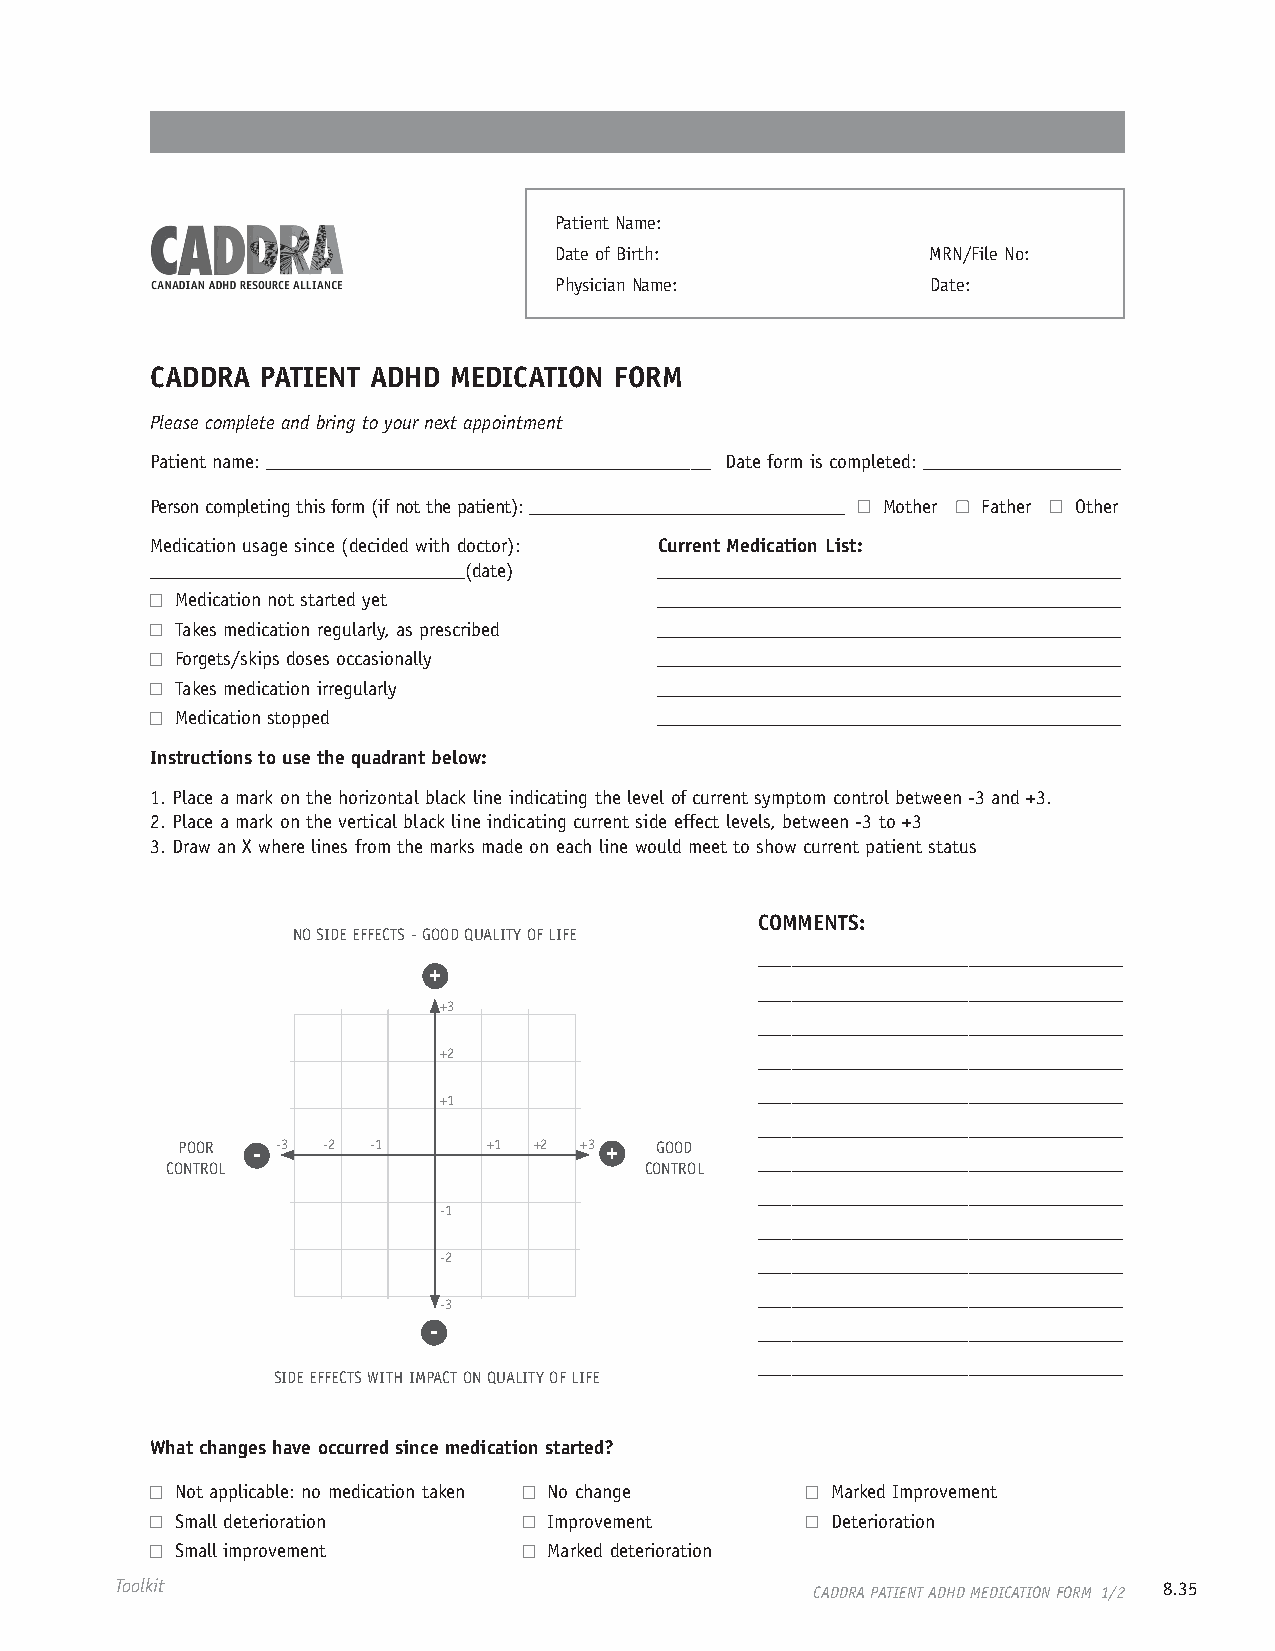
Patient Name:
 Date of Birth:           MRN/File No:
 Physician Name:          Date:
 CADDRA PATIENT ADHD MEDICATION FORM
 Please complete and bring to your next appointment
 Patient name: _____________________________________________ Date form is completed: ____________________
 Person completing this form (if not the patient): ________________________________ Mother Father Other
 Medication usage since (decided with doctor): Current Medication List:
 ________________________________(date) _______________________________________________
 Medication not started yet      _______________________________________________
 Takes medication regularly, as prescribed _______________________________________________
 Forgets/skips doses occasionally _______________________________________________
 Takes medication irregularly    _______________________________________________
 Medication stopped              _______________________________________________
 Instructions to use the quadrant below:
 1. Place a mark on the horizontal black line indicating the level of current symptom control between -3 and +3.
 2. Place a mark on the vertical black line indicating current side effect levels, between -3 to +3
 3. Draw an X where lines from the marks made on each line would meet to show current patient status
 COMMENTS:
 NO SIDE EFFECTS - GOOD QUALITY OF LIFE
 _________________________________
 +
 _________________________________
 +3
 _________________________________
 +2                   _________________________________
 _________________________________
 +1
 _________________________________
 POOR - -3 -2 -1     +1 +2 +3 + GOOD
 _________________________________
 CONTROL                         CONTROL
 _________________________________
 -1
 _________________________________
 -2                   _________________________________
 _________________________________
 -3
 -                     _________________________________
 _________________________________
 SIDE EFFECTS WITH IMPACT ON QUALITY OF LIFE
 What changes have occurred since medication started?
 Not applicable: no medication taken No change Marked Improvement
 Small deterioration     Improvement        Deterioration
 Small improvement       Marked deterioration
 Toolkit                                       CADDRA PATIENT ADHD MEDICATION FORM 1/2 8.35